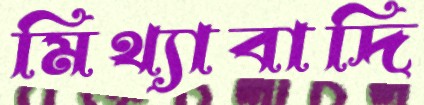
মিথ্যাবাদি